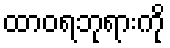
ထာဝရဘုရားကို